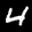
Label: 4